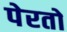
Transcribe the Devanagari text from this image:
पेरतो